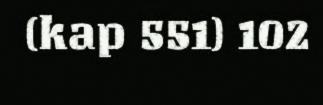
(kap 551) 102